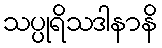
သပ္ပုရိသဒါနာနိ